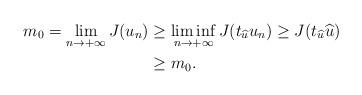
LaTeX: \begin{align*}m_0=\lim_{n\rightarrow +\infty}J(u_n)& \geq \liminf_{n\rightarrow +\infty} J(t_{\widehat{u}}u_n)\geq J(t_{\widehat{u}}\widehat{u})\\& \geq m_0.\end{align*}